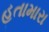
હતામારા